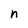
Character: n